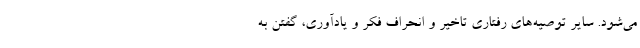
می‌شود. سایر توصیه‌های رفتاری تاخیر و انحراف فکر و یادآوری، گفتن به